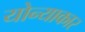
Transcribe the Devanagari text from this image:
योन्याकार